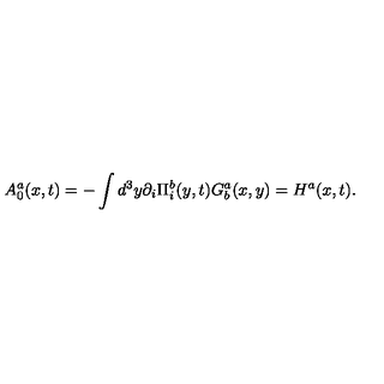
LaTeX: A _ { 0 } ^ { a } ( x , t ) = - \int d ^ { 3 } y \partial _ { i } \Pi _ { i } ^ { b } ( y , t ) G _ { b } ^ { a } ( x , y ) = H ^ { a } ( x , t ) .